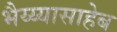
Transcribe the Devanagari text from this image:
भैय्य्यासाहेब